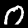
Digit: 0